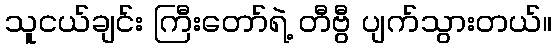
သူငယ်ချင်း ကြီးတော်ရဲ့ တီဗွီ ပျက်သွားတယ်။